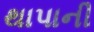
થાપાની